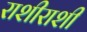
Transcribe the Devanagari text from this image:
राशीराशी